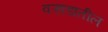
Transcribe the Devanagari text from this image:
वऱ्हाडातील